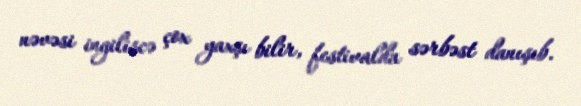
nəvəsi ingiliscə çox yaxşı bilir, festivalda sərbəst danışıb.